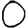
Digit: 0